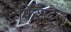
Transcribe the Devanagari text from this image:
फिशटेल